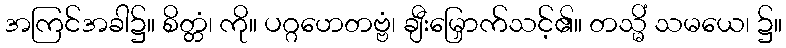
အကြင်အခါ၌။ စိတ္တံ၊ ကို။ ပဂ္ဂဟေတဗ္ဗံ၊ ချီးမြှောက်သင့်၏။ တသ္မိံ သမယေ၊ ၌။